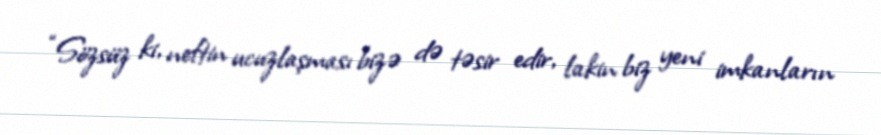
“Sözsüz ki, neftin ucuzlaşması bizə də təsir edir, lakin biz yeni imkanların